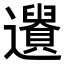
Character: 𨘤